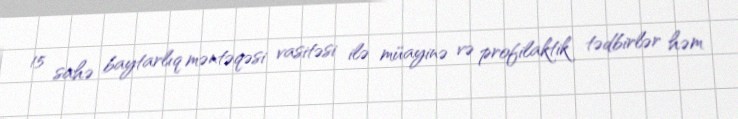
15 sahə baytarlıq məntəqəsi vasitəsi ilə müayinə və profilaktik tədbirlər həm